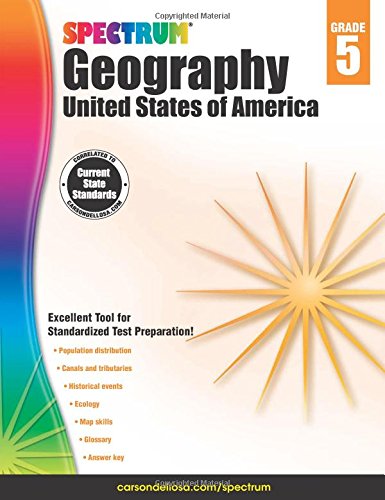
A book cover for Spectrum Geography, Grade 5: United States of America; Science & Math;